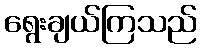
ရွေးချယ်ကြသည်